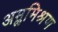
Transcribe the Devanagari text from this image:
अम्लमिश्रण